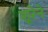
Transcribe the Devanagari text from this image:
शूरेने